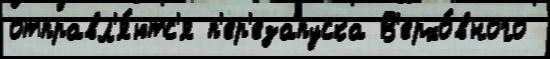
отправл'я́ютс'я п'ер'езапуска В'ерхо́вного